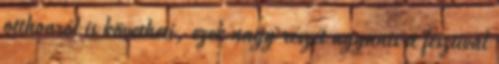
otthonról is követheti, ezek nagy részét ugyanis a fesztivál